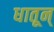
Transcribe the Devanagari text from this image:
धातून्